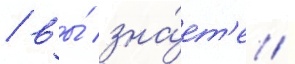
/ вы́ зна́ет'е /